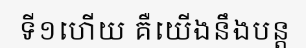
ទី១ហើយ គឺយើងនឹងបន្ត